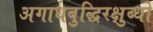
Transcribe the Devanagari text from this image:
अगाधबुद्धिरक्षुब्धो